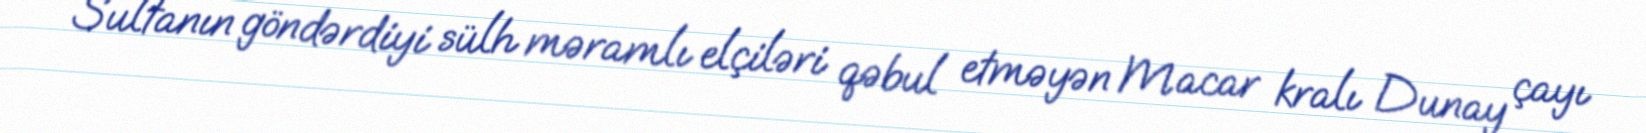
Sultanın göndərdiyi sülh məramlı elçiləri qəbul etməyən Macar kralı Dunay çayı